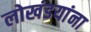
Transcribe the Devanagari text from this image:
लोखंडयांना